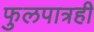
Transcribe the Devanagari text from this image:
फुलपात्रही